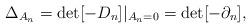
LaTeX: \begin{align*}\Delta_{A_n}=\det[-D_n]|_{A_n=0}=\det[-\partial_n],\end{align*}